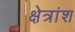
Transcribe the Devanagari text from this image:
क्षेत्रांश